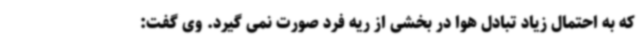
که به احتمال زیاد تبادل هوا در بخشی از ریه فرد صورت نمی گیرد. وی گفت: